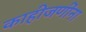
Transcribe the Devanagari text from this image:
काहीजणींना